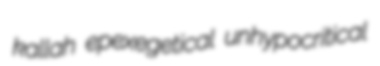
kallah epexegetical unhypocritical